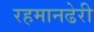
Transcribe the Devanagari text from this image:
रहमानढेरी